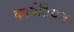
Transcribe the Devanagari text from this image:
कापेटियन